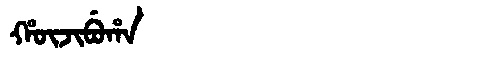
Manchu: ᡥᡡᠵᡳᠪᡠᡥᠠ
Romanization: HŪJIBUHA